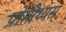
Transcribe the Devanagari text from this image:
प्रोमीथ्यस